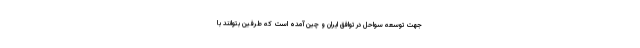
جهت توسعه سواحل در توافق ایران و چین آمده است که طرفین بتوانند با